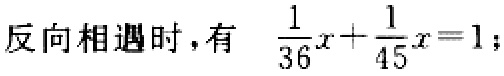
反向相遇时，有 $\frac{1}{36}x+\frac{1}{45}x = 1$;